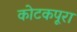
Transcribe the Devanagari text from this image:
कोटकपूरा